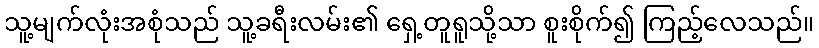
သူ့မျက်လုံးအစုံသည် သူ့ခရီးလမ်း၏ ရှေ့တူရူသို့သာ စူးစိုက်၍ ကြည့်လေသည်။